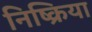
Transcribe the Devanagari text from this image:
निष्‍क्रिया